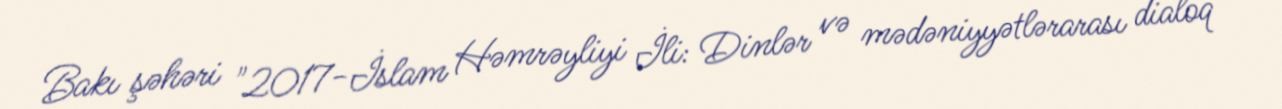
Bakı şəhəri "2017-İslam Həmrəyliyi İli: Dinlər və mədəniyyətlərarası dialoq"